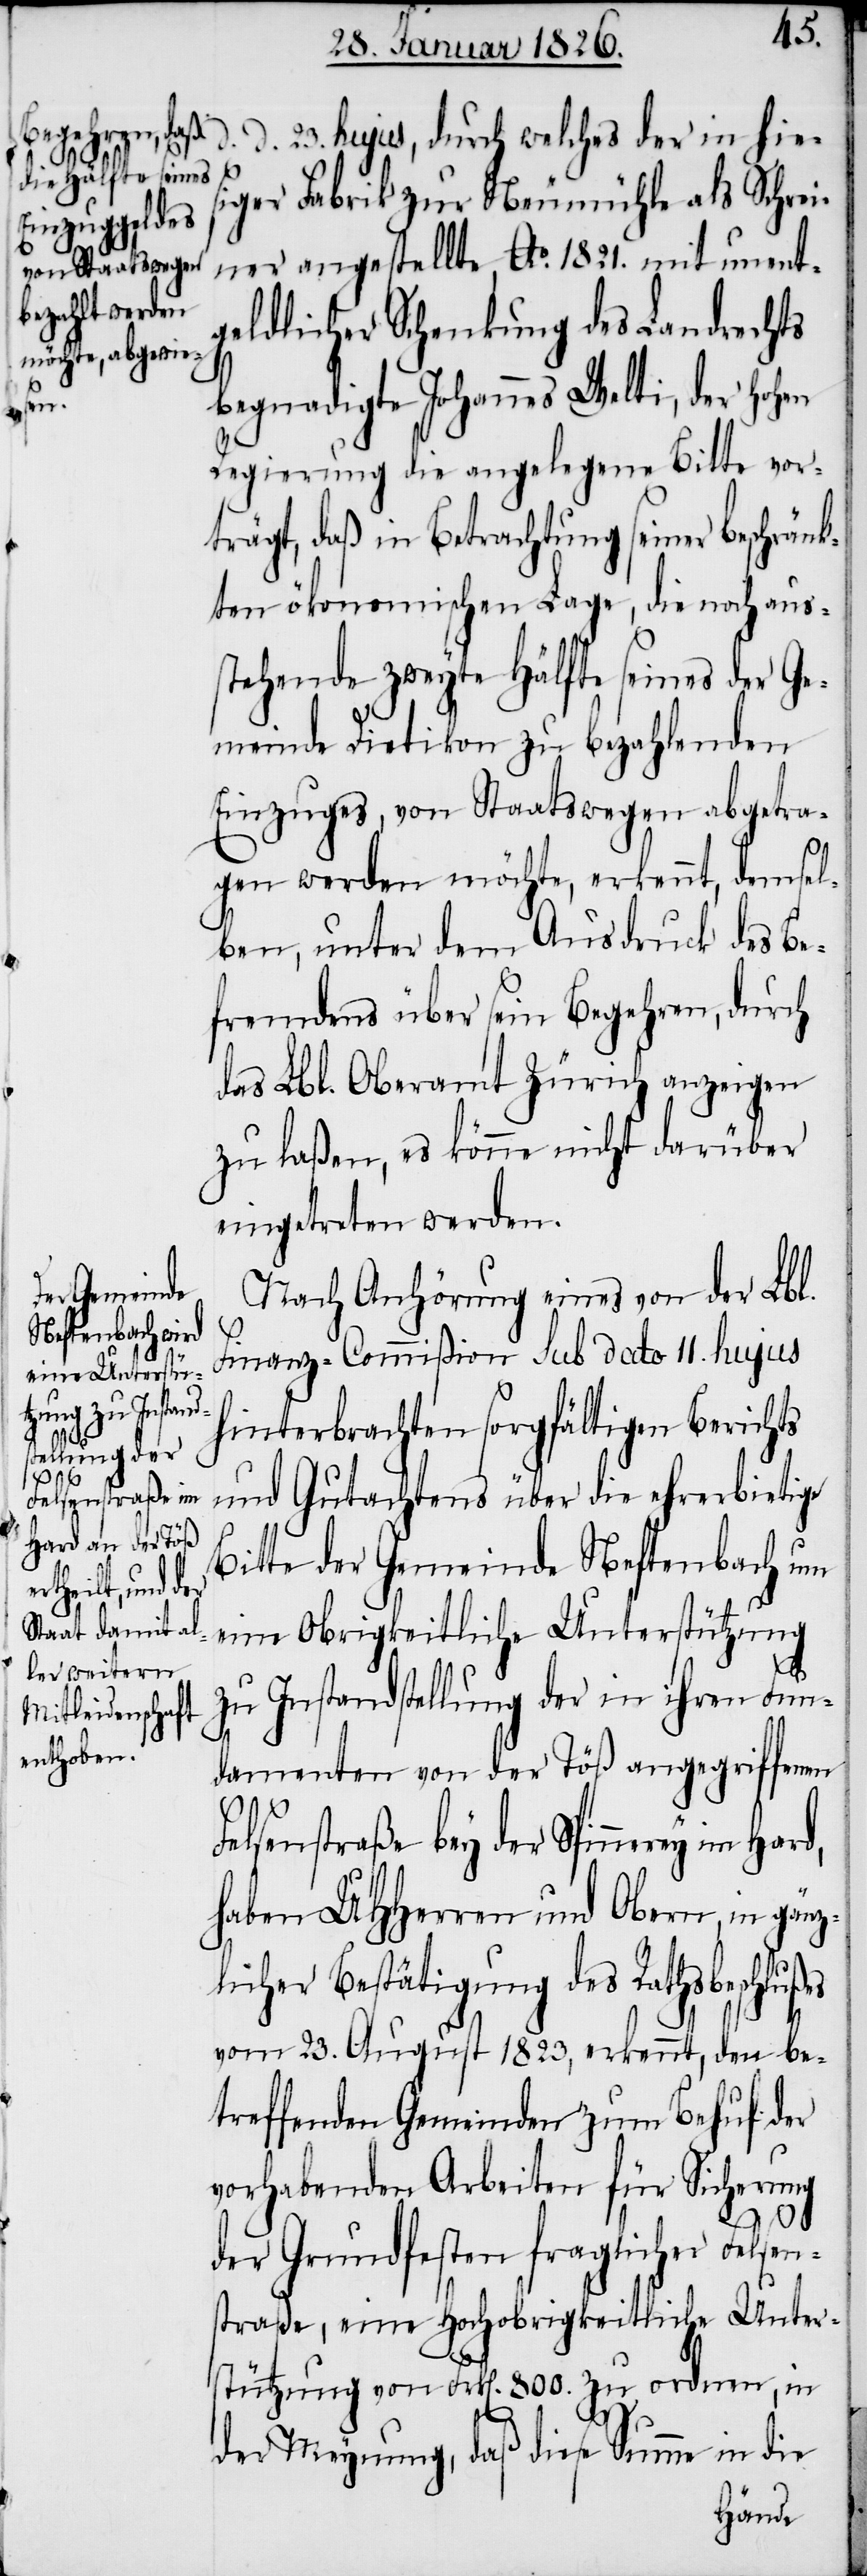
d. d. 23. hujus, durch welches der in hies¬
iger Fabrik zur Neumühle als Schrei¬
ner angestellte, Ao. 1821. mit unent¬
geldlicher Schenkung des Landrechts
begnadigte Johannes Welti, der hohen
Regierung die angelegene Bitte vor¬
trägt, daß in Betrachtung seiner beschränk¬
ten ökonomischen Lage, die noch aus¬
stehende zweyte Hälfte seines der Ge¬
meinde Dietikon zu bezahlenden
Einzuges, von Staatswegen abgetra¬
gen werden möchte, erkennt, demsel¬
ben, unter dem Ausdruck des Be¬
fremdens über sein Begehren, durch
das Lbl. Oberamt Zürich anzeigen
zu laßen, es könne nicht darüber
eingetreten werden.
Nach Anhörung eines von der Lbl.
Finanz-Commißion sub dato 11. hujus
hinterbrachten sorgfältigen Berichts
und Gutachtens über die ehrerbietige
Bitte der Gemeinde Neftenbach um
eine Obrigkeitliche Unterstützung
zu Instandstellung der in ihren Fun¬
damenten von der Töß angegriffenen
Felsenstraße bey der Spinnerey im Hard,
haben UHHerren und Obern, in gänz¬
licher Bestätigung des Rathsbeschlußes
vom 23. August 1823, erkennt, den be¬
treffenden Gemeinden zum Behuf der
vorhabenden Arbeiten für Sicherung
der Grundfesten fraglicher Felsen¬
straße, eine Hochobrigkeitliche Unter¬
stützung von Frk[en]. 800. zu ordnen, in
der Meynung, daß diese Summe in die